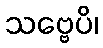
သဗ္ဗေပိ၊